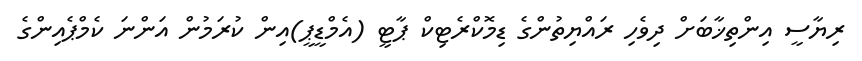
ރިޔާސީ އިންތިޚާބަށް ދިވެހި ރައްޔިތުންގެ ޑިމޮކްރެޓިކް ޕާޓީ (އެމްޑީޕީ)އިން ކުރަމުން އަންނަ ކެމްޕެއިންގެ